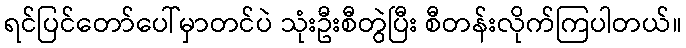
ရင်ပြင်တော်ပေါ်မှာတင်ပဲ သုံးဦးစီတွဲပြီး စီတန်းလိုက်ကြပါတယ်။